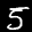
Label: 5